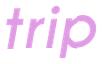
trip